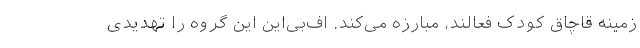
زمینه قاچاق کودک فعالند، مبارزه می‌کند. اف‌بی‌این این گروه را تهدیدی